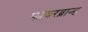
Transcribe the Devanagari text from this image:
फायरब्रान्ड